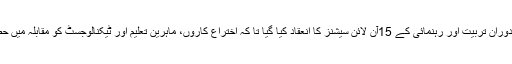
درخواست دینے کے مرحلے کے دوران تربیت اور رہنمائی کے 15آن لائن سیشنز کا انعقاد کیا گیا تا کہ اختراع کاروں، ماہرین تعلیم اور ٹیکنالوجسٹ کو مقابلہ میں حصہ لینے کی ترغیب دی جا سکے۔